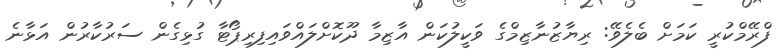
ފްރޭމްކުރީ ކަމަށް ބެލެވޭ: ރިޔާޒުނާޒިމްގެ ވަކީލުކަން އާޒިމާ ދޫކޮށްލައްވައިފިރިޕޯޓާ ގުޅިގެން ސަރުކާރުން އަޅާނެ